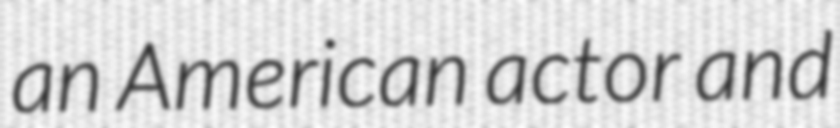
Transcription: an American actor and